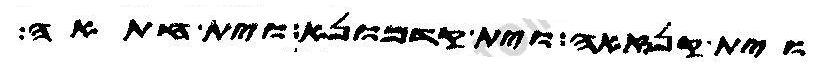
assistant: וית קנזאה וית קדמונא וית חתאה